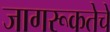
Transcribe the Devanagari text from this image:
जागरूकतेचे